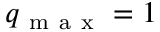
q _ { \mathrm { ~ m ~ a ~ x ~ } } = 1